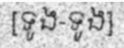
[ទូង-ទូង]